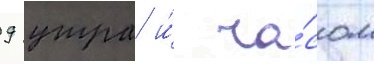
9 утра и́ ча́сом